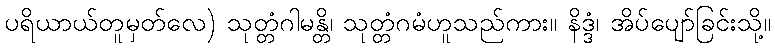
ပရိယာယ်တူမှတ်လေ) သုတ္တံဂါမန္တိ၊ သုတ္တံဂမံဟူသည်ကား။ နိဒ္ဒံ၊ အိပ်ပျော်ခြင်းသို့။